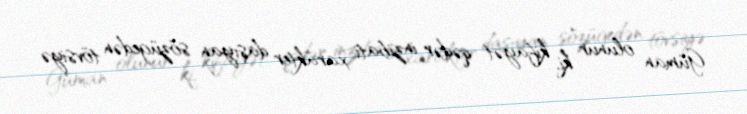
Güman olunur ki, kifayət qədər inzibati xarakter daşıyan sözügedən tövsiyə